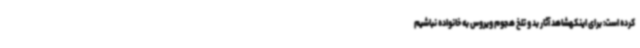
کرده است: برای اینکهشاهد آثار بد و تلخ هجوم ویروس به خانواده نباشیم